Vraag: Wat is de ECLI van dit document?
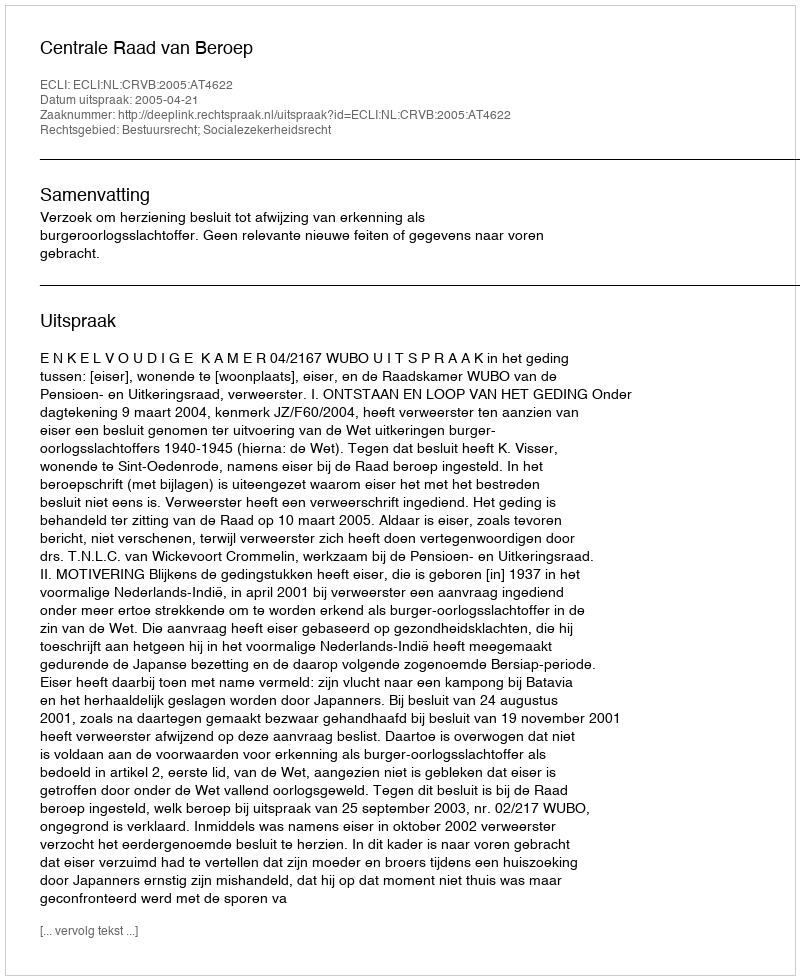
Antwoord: ECLI:NL:CRVB:2005:AT4622